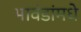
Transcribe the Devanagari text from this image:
भावंडांमधे